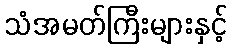
သံအမတ်ကြီးများနှင့်